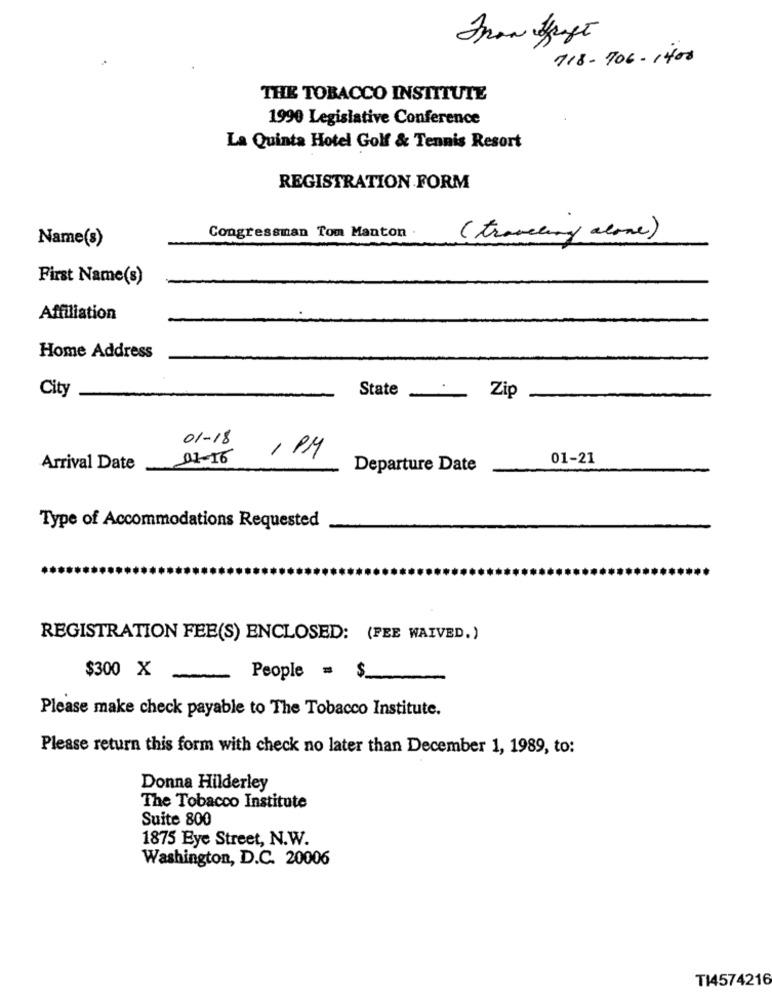
718-706-1400
THE TOBACCO INSTITUTE
1990 Legislative Conference
La Quinta Hotel Golf & Tennis Resort
REGISTRATION FORM
Congressman Tom Manton .
( traveling alone)
Name(s)
First Name(s)
Affiliation
Home Address
City
State
Zip
01-18
1 PM
01-16
01-21
Arrival Date
Departure Date
Type of Accommodations Requested
REGISTRATION FEE(S) ENCLOSED: (FEE WAIVED.)
$300 X
People = $
Please make check payable to The Tobacco Institute.
Please return this form with check no later than December 1, 1989, to:
Donna Hilderley
The Tobacco Institute
Suite 800
1875 Eye Street, N.W.
Washington, D.C. 20006
TI4574216